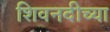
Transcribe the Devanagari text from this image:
शिवनदीच्या